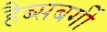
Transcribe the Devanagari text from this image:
हैब्सबर्गी